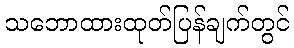
သဘောထားထုတ်ပြန်ချက်တွင်